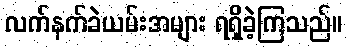
လက်နက်ခဲယမ်းအများ ရရှိခဲ့ကြသည်။